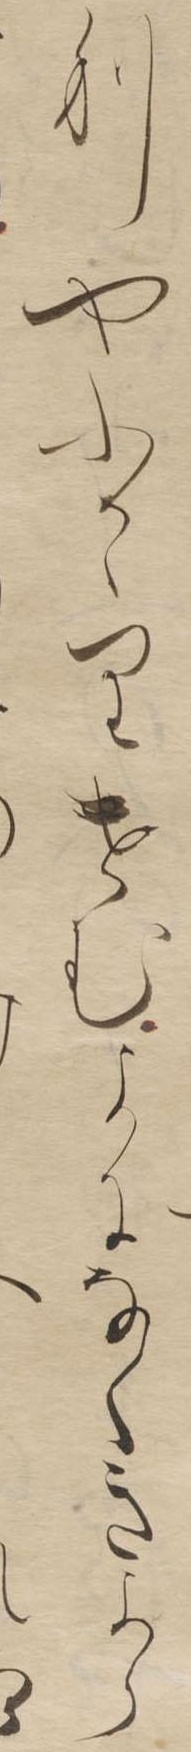
りやふかゝりけむよになくきよら